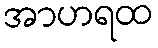
အာဟရထ